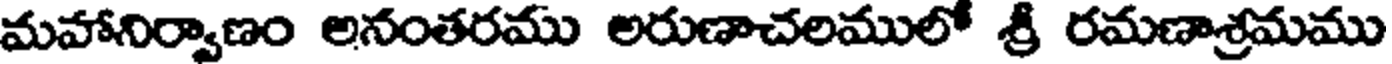
మహానిర్వాణం అనంతరము అరుణాచలములో శ్రీ రమణాశ్రమము